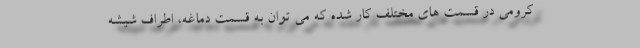
کرومی در قسمت های مختلف کار شده که می توان به قسمت دماغه، اطراف شیشه